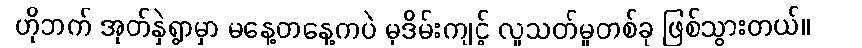
ဟိုဘက် အုတ်နှဲရွာမှာ မနေ့တနေ့ကပဲ မုဒိမ်းကျင့် လူသတ်မှုတစ်ခု ဖြစ်သွားတယ်။